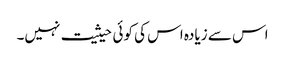
اس سے زیادہ اس کی کوئی حیثیت نہیں۔